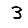
Digit: 3